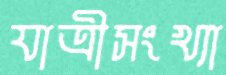
যাত্রীসংখ্যা